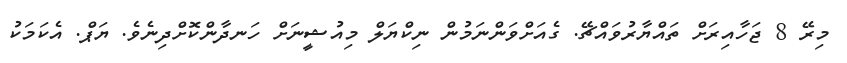
މިރޭ 8 ޖަހާއިރަށް ތައްޔާރުވައްޗޭ. ގެއަށްވަންނަމުން ނިކްޔަލް މިއުޝީނަށް ހަނދާންކޮށްދިނެވެ. ޔަޕް. އެކަމަކު